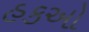
હકઓ